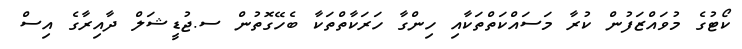
ކޯޓުގެ މުވައްޒަފުން ކުރާ މަސައްކަތްތަކާއި ހިންގާ ހަރަކާތްތަކާ ބެހޭގޮތުން ސ.ޖުޑީޝަލް ދާއިރާގެ އިސް